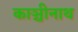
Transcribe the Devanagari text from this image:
काञ्चीनाथ